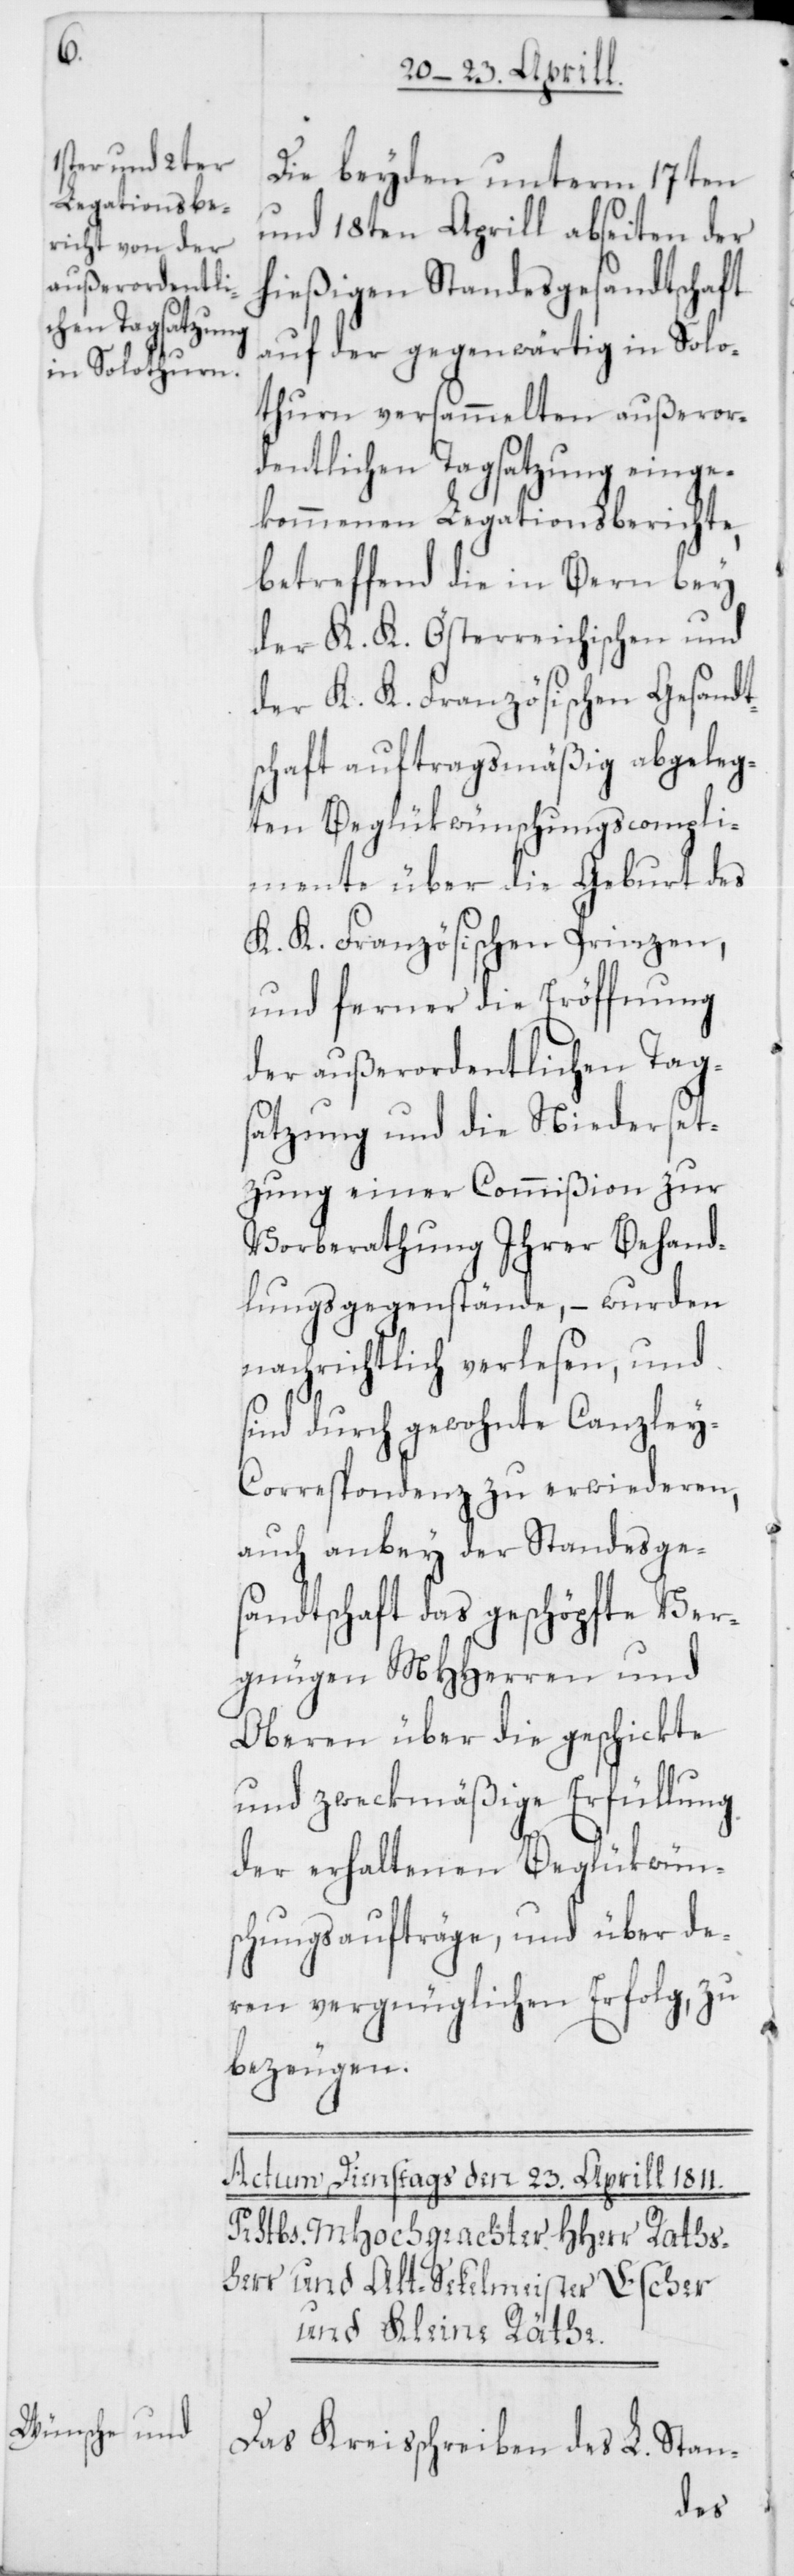
Die beyden unterm 17ten
und 18ten Aprill abseiten der
hießigen Standesgesandtschaft
auf der gegenwärtig in Solo¬
thurn versammelten außeror¬
dentlichen Tagsatzung einge¬
kommenen Legationsberichte,
betreffend die in Bern bey
der K. K. Österreichischen und
der K. K. Französischen Gesandt¬
schaft auftragsmäßig abgeleg¬
ten Beglükwünschungscompli¬
mente über die Geburt des
K. K. Französischen Prinzen,
und ferner die Eröffnung
der außerordentlichen Tag¬
satzung und die Niederset¬
zung einer Commißion zur
Vorberathung Ihrer Behand¬
lungsgegenstände, – wurden
nachrichtlich verlesen, und
sind durch gewohnte Canzle¬
y-Correspondenz zu erwiederen,
auch anbey der Standesge¬
sandtschaft das geschöpfte Ver¬
gnügen MHHerren und
Oberen über die geschickte
und zweckmäßige Erfüllung
der erhaltenen Beglükwüns¬
chungsaufträge, und über de¬
ren vergnüglichen Erfolg, zu
bezeugen.
Das Kreisschreiben des L. Stan-